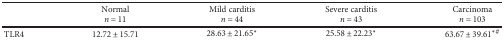
<table><thead><tr><td></td><td><b>Normal<i>n</i> = 11</b></td><td><b>Mild carditis<i>n</i> = 44</b></td><td><b>Severe carditis<i>n</i> = 43</b></td><td><b>Carcinoma<i>n</i> = 103</b></td></tr></thead><tbody><tr><td>TLR4</td><td>12.72 ± 15.71</td><td>28.63 ± 21.65<sup>∗</sup></td><td>25.58 ± 22.23<sup>∗</sup></td><td>63.67 ± 39.61<sup>∗#</sup></td></tr></tbody></table>